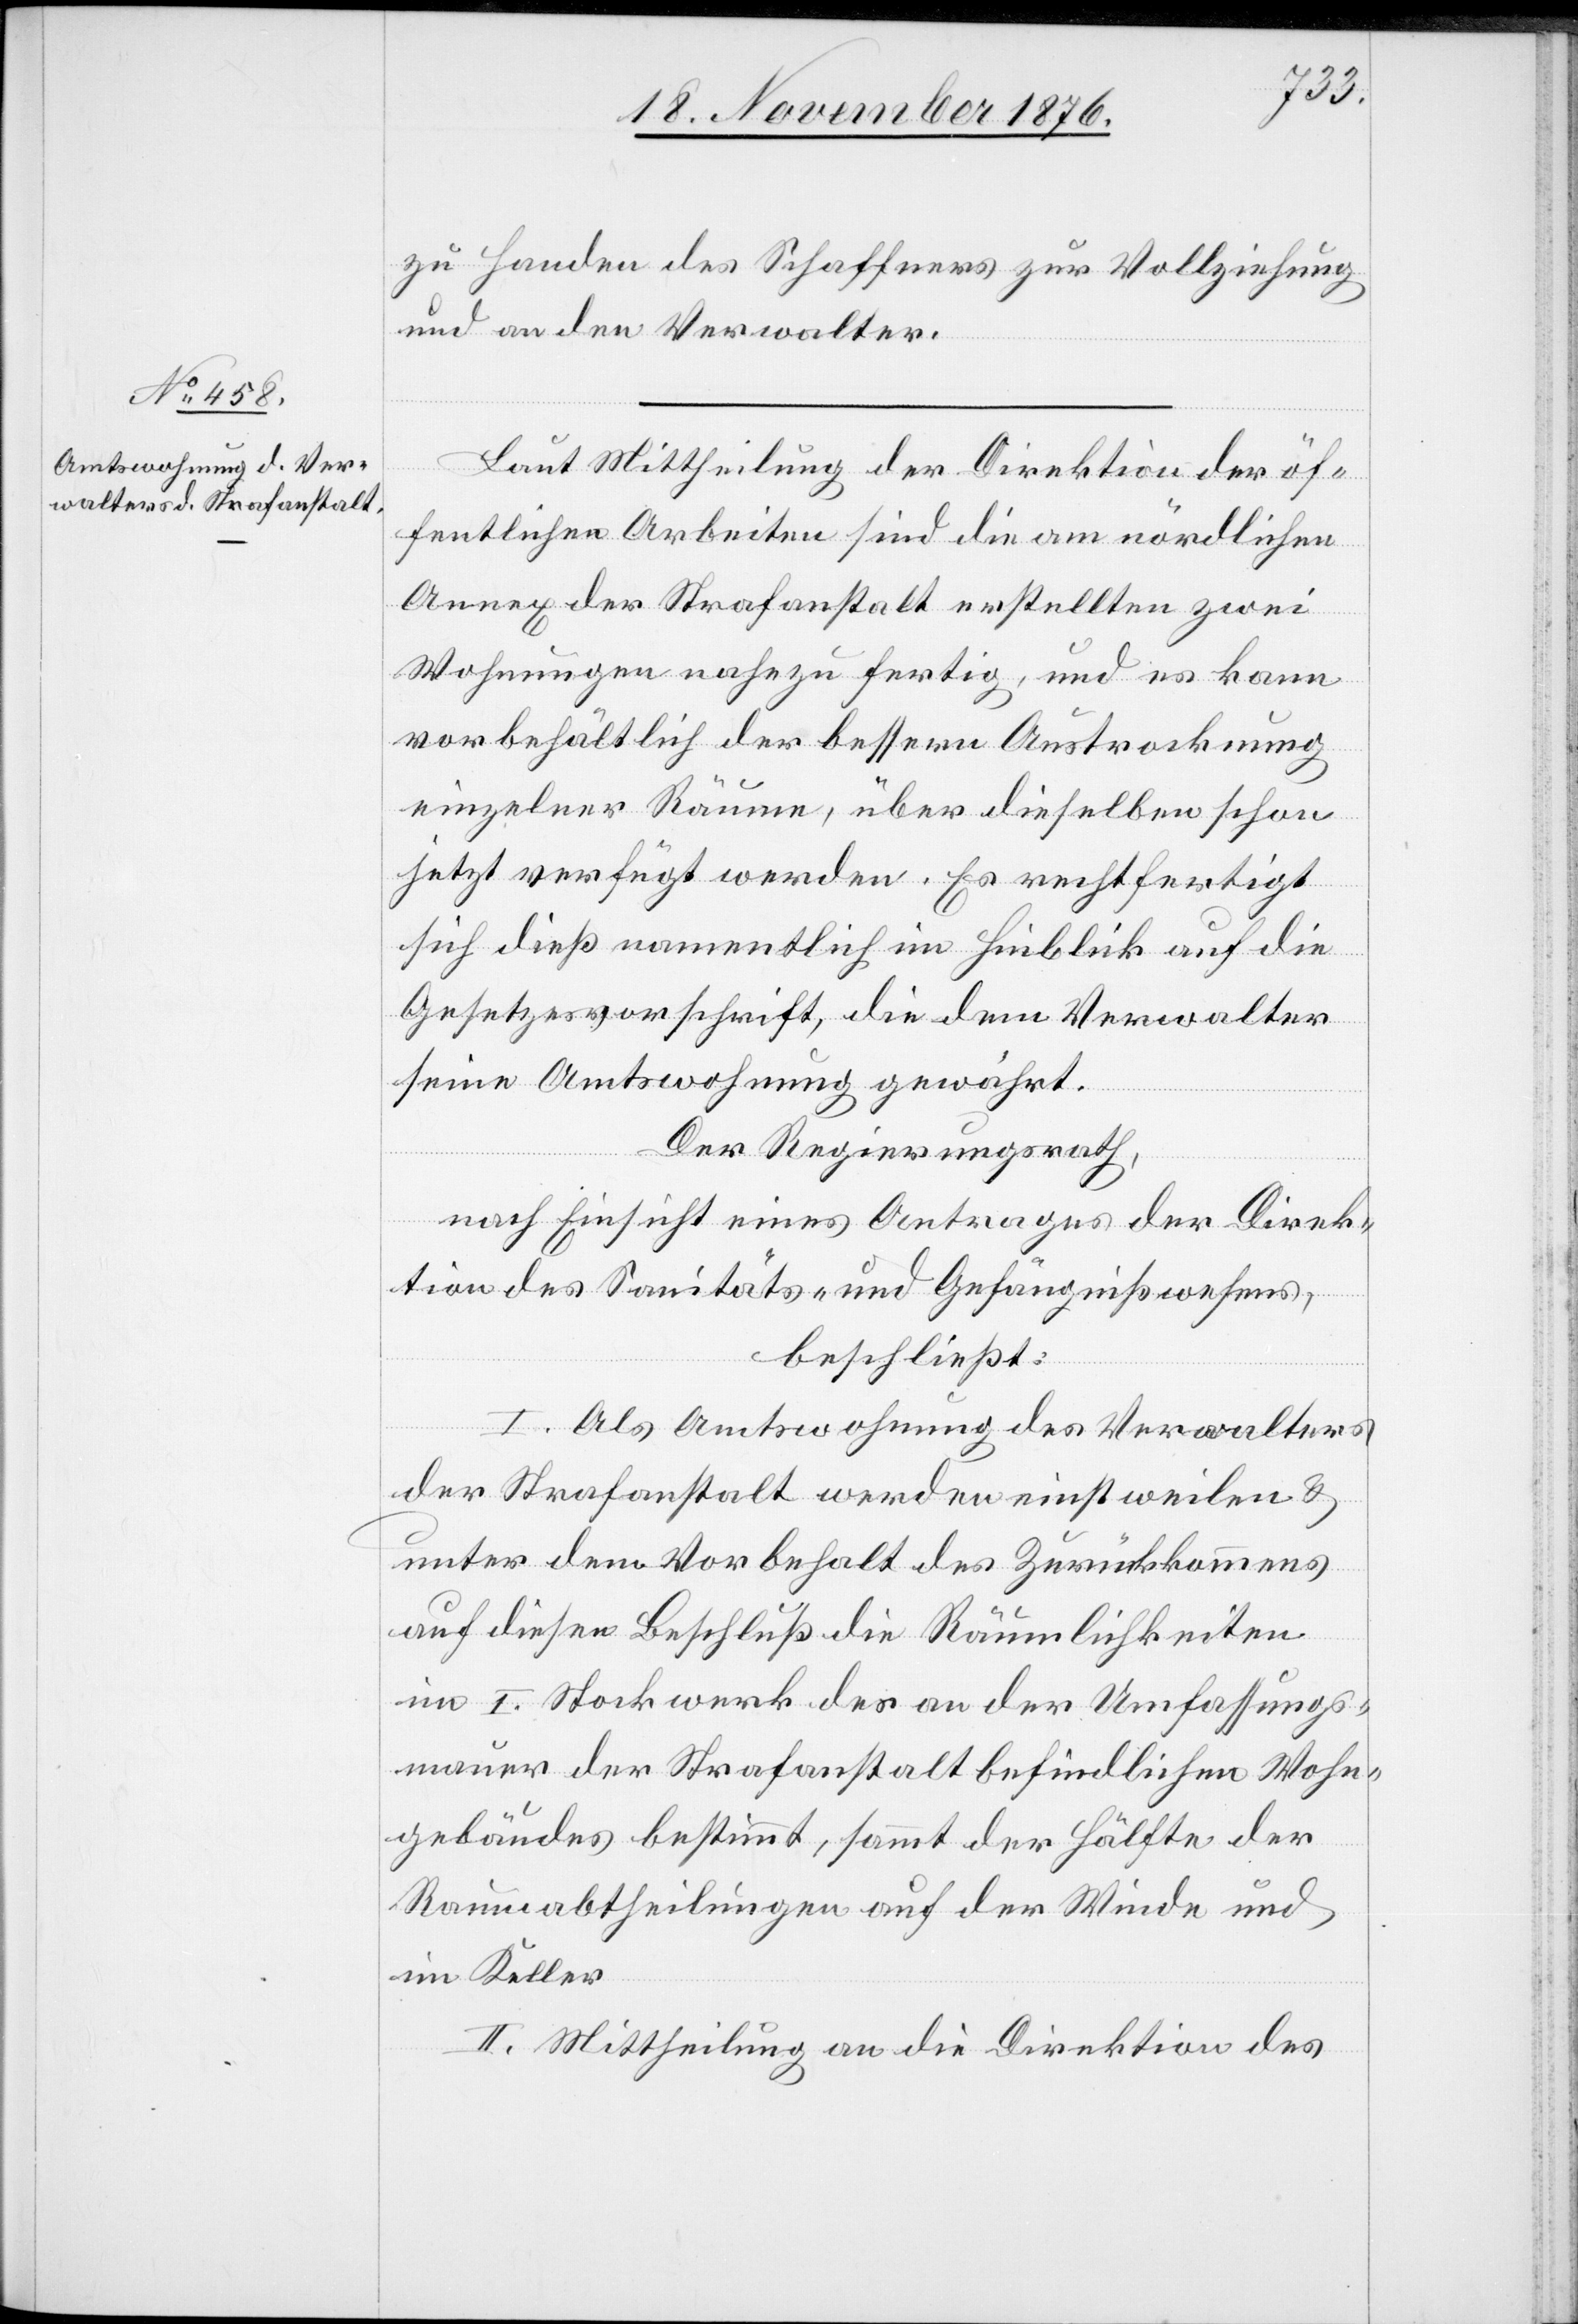
zu Handen des Schaffners zur Vollziehung
und an den Verwalter.
Laut Mittheilung der Direktion der öf¬
fentlichen Arbeiten sind die am nördlichen
Annex der Strafanstalt erstellten zwei
Wohnungen nahezu fertig, und es kann
vorbehältlich der bessern Austrocknung
einzelner Räume, über dieselben schon
jetzt verfügt werden. Es rechtfertigt
sich dieß namentlich im Hinblick auf die
Gesetzesvorschrift, die dem Verwalter
seine Amtswohnung gewährt.
Der Regierungsrath,
nach Einsicht eines Antrages der Direk¬
tion des Sanitäts- und Gefängnißwesens,
beschließt:
I. Als Amtswohnung des Verwalters
der Strafanstalt werden einstweilen &
unter dem Vorbehalt des Zurückkommens
auf diesen Beschluß die Räumlichkeiten
im I. Stockwerk der an der Umfassungs¬
mauer der Strafanstalt befindlichen Wohn¬
gebäudes bestimmt, sammt der Hälfte der
Raumabtheilungen auf der Winde und
im Keller.
II. Mittheilung an die Direktion des